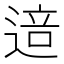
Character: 𰻅